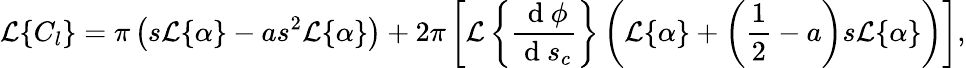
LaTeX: \mathcal{L}\{ C_{l}\} =\pi\left(s\mathcal{L}\{ \alpha\} -as^{2}\mathcal{L}\{ \alpha\} \right)+2\pi\left[\mathcal{L}\left\{ \frac{\mathrm{~d~}\phi}{\mathrm{~d~}s_{c}}\right\} \left(\mathcal{L}\{ \alpha\} +\left(\frac{1}{2}-a\right)s\mathcal{L}\{ \alpha\} \right)\right],